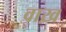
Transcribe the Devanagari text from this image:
वाख़